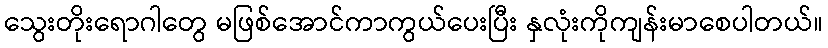
သွေးတိုးရောဂါတွေ မဖြစ်အောင်ကာကွယ်ပေးပြီး နှလုံးကိုကျန်းမာစေပါတယ်။